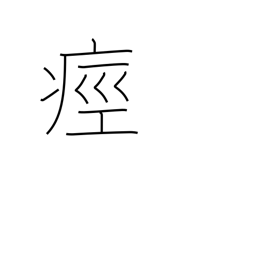
Meaning: have a cramp